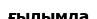
ғылымда